Civil Veterinary Dept. Assam report 1927-50 - 1927-1950
Year: 1927
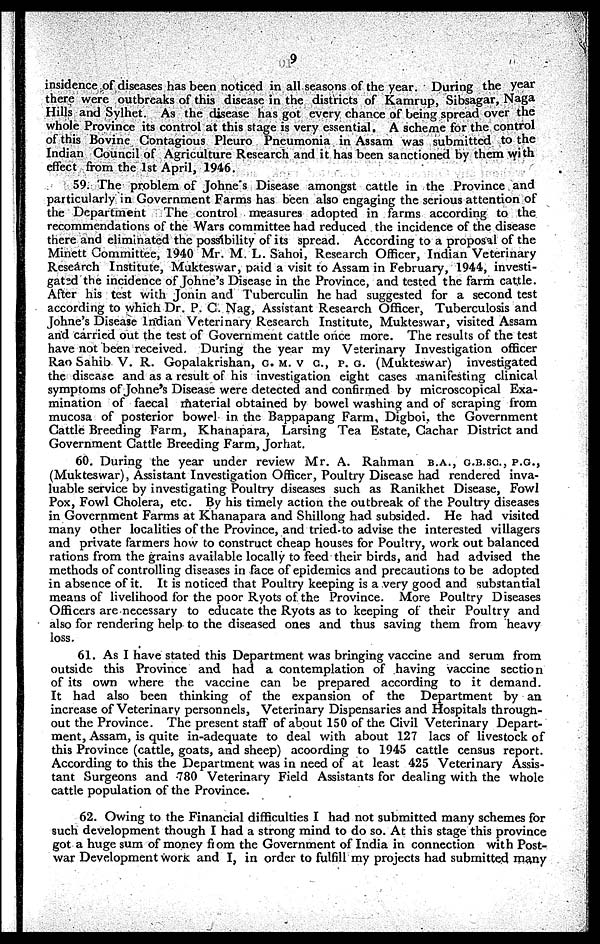
9
insidence of diseases has been noticed in all seasons of the year. During the year
there were outbreaks of this disease in the districts of Kamrup, Sibsagar, Naga
Hills and Sylhet. As the disease has got every chance of being spread over the
whole Province its control at this stage is very essential. A scheme for the control
of this Bovine Contagious Pleuro Pneumonia in Assam was submitted to the
Indian Council of Agriculture Research and it has been sanctioned by them with
effect from the 1st April, 1946.
59. The problem of Johne's Disease amongst cattle in the Province and
particularly in Government Farms has been also engaging the serious attention of
the Department
The control measures adopted in farms according to the
recommendations of the Wars committee had reduced the incidence of the disease
there and eliminated the possibility of its spread. According to a proposal of the
Minett Committee, 1940 Mr. M. L. Sahoi, Research Officer, Indian Veterinary
Research Institute, Mukteswar, paid a visit to Assam in February, 1944, investi-
gated the incidence of Johne's Disease in the Province, and tested the farm cattle.
After his test with Jonin and Tuberculin he had suggested for a second test
according to which Dr. P. C. Nag, Assistant Research Officer, Tuberculosis and
Johne's Disease Indian Veterinary Research Institute, Mukteswar, visited Assam
and carried our the test of Government cattle once more. The results of the test
have not been received. During the year my Veterinary Investigation officer
Rao Sahib V. R. Gopalakrishan, G. M. V C., P. G. (Mukteswar)
investigated
the disease and as a result of his investigation eight cases manifesting clinical
symptoms of Johne's Disease were detected and confirmed by microscopical Exa-
mination of faecal material obtained by bowel washing and of scraping from
mucosa of posterior bowel in the Bappapang Farm, Digboi, the Government
Cattle Breeding Farm, Khanapara, Larsing Tea Estate, Cachar District and
Government Cattle Breeding Farm, Jorhat.
60. During the year under review Mr. A. Rahman
B.A., G.B.SC., P.G.,
(Mukteswar), Assistant Investigation Officer, Poultry Disease had rendered inva-
luable service by investigating Poultry diseases such as Ranikhet Disease, Fowl
Pox, Fowl Cholera, etc. By his timely action the outbreak of the Poultry diseases
in Government Farms at Khanapara and Shillong had subsided. He had visited
many other localities of the Province, and tried to advise the interested villagers
and private farmers how to construct cheap houses for Poultry, work out balanced
rations from the grains available locally to feed their birds, and had advised the
methods of controlling diseases in face of epidemics and precautions to be adopted
in absence of it. It is noticed that Poultry keeping is a very good and substantial
means of livelihood for the poor Ryots of the Province. More Poultry Diseases
Officers are necessary to educate the Ryots as to keeping of their Poultry and
also for rendering help to the diseased ones and thus saving them from heavy
loss.
61. As I have stated this Department was bringing vaccine and serum from
outside this Province and had a contemplation of having vaccine section
of its own where the vaccine can be prepared according to it demand.
It had also been thinking of the expansion of the Department by an
increase of Veterinary personnels, Veterinary Dispensaries and Hospitals through-
out the Province. The present staff of about 150 of the Civil Veterinary Depart-
ment, Assam, is quite in-adequate to deal with about 127 lacs of livestock of
this Province (cattle, goats, and sheep) acoording to 1945 cattle census report.
According to this the Department was in need of at least 425 Veterinary Assis-
tant Surgeons and 780 Veterinary Field Assistants for dealing with the whole
cattle population of the Province.
62. Owing to the Financial difficulties I had not submitted many schemes for
such development though I had a strong mind to do so. At this stage this province
got a huge sum of money from the Government of India in connection with Post-
war Development work and I, in order to fulfill my projects had submitted many